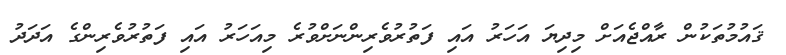
ޤައުމުތަކުން ރާއްޖެއަށް މިިދިޔަ އަހަރު އައި ފަތުރުވެރިންނަށްވުރެ މިއަހަރު އައި ފަތުރުވެރިންގެ އަދަދު